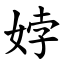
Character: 㛘